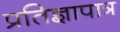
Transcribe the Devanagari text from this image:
प्रतिज्ञापात्र